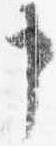
申